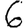
Digit: 6